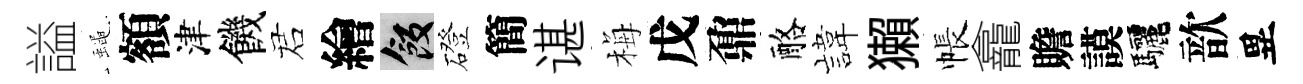
謚蠅額津饑诺繪飯磴簡谌梅戊鼐酪旗獺帳龕贍謨驅歆異